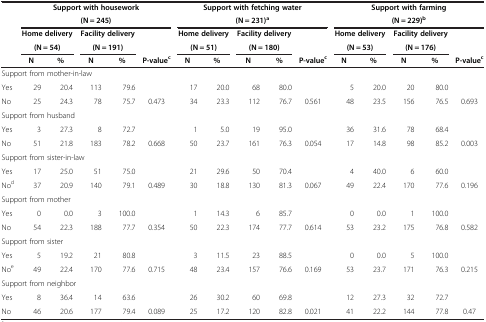
<table><thead><tr><td><b> </b></td><td colspan="5"><b>Support with housework</b></td><td colspan="5"><b>Support with fetching water</b></td><td colspan="5"><b>Support with farming</b></td></tr><tr><td><b> </b></td><td colspan="5"><b>(N = 245)</b></td><td colspan="5"><b>(N = 231)<sup>a</sup></b></td><td colspan="5"><b>(N = 229)<sup>b</sup></b></td></tr><tr><td><b> </b></td><td colspan="2"><b>Home delivery</b></td><td colspan="2"><b>Facility delivery</b></td><td><b> </b></td><td colspan="2"><b>Home delivery</b></td><td colspan="2"><b>Facility delivery</b></td><td><b> </b></td><td colspan="2"><b>Home delivery</b></td><td colspan="2"><b>Facility delivery</b></td><td><b> </b></td></tr><tr><td><b> </b></td><td colspan="2"><b>(N = 54)</b></td><td colspan="2"><b>(N = 191)</b></td><td><b> </b></td><td colspan="2"><b>(N = 51)</b></td><td colspan="2"><b>(N = 180)</b></td><td><b> </b></td><td colspan="2"><b>(N = 53)</b></td><td colspan="2"><b>(N = 176)</b></td><td><b> </b></td></tr><tr><td><b> </b></td><td><b>N</b></td><td><b>%</b></td><td><b>N</b></td><td><b>%</b></td><td><b>P-value<sup>c</sup></b></td><td><b>N</b></td><td><b>%</b></td><td><b>N</b></td><td><b>%</b></td><td><b>P-value<sup>c</sup></b></td><td><b>N</b></td><td><b>%</b></td><td><b>N</b></td><td><b>%</b></td><td><b>P-value<sup>c</sup></b></td></tr></thead><tbody><tr><td colspan="5">Support from mother-in-law</td><td> </td><td> </td><td> </td><td> </td><td> </td><td> </td><td> </td><td> </td><td> </td><td> </td><td> </td></tr><tr><td>Yes</td><td>29</td><td>20.4</td><td>113</td><td>79.6</td><td> </td><td>17</td><td>20.0</td><td>68</td><td>80.0</td><td> </td><td>5</td><td>20.0</td><td>20</td><td>80.0</td><td> </td></tr><tr><td>No</td><td>25</td><td>24.3</td><td>78</td><td>75.7</td><td>0.473</td><td>34</td><td>23.3</td><td>112</td><td>76.7</td><td>0.561</td><td>48</td><td>23.5</td><td>156</td><td>76.5</td><td>0.693</td></tr><tr><td colspan="5">Support from husband</td><td> </td><td> </td><td> </td><td> </td><td> </td><td> </td><td> </td><td> </td><td> </td><td> </td><td> </td></tr><tr><td>Yes</td><td>3</td><td>27.3</td><td>8</td><td>72.7</td><td> </td><td>1</td><td>5.0</td><td>19</td><td>95.0</td><td> </td><td>36</td><td>31.6</td><td>78</td><td>68.4</td><td> </td></tr><tr><td>No</td><td>51</td><td>21.8</td><td>183</td><td>78.2</td><td>0.668</td><td>50</td><td>23.7</td><td>161</td><td>76.3</td><td>0.054</td><td>17</td><td>14.8</td><td>98</td><td>85.2</td><td>0.003</td></tr><tr><td colspan="5">Support from sister-in-law</td><td> </td><td> </td><td> </td><td> </td><td> </td><td> </td><td> </td><td> </td><td> </td><td> </td><td> </td></tr><tr><td>Yes</td><td>17</td><td>25.0</td><td>51</td><td>75.0</td><td> </td><td>21</td><td>29.6</td><td>50</td><td>70.4</td><td> </td><td>4</td><td>40.0</td><td>6</td><td>60.0</td><td> </td></tr><tr><td>No<sup>d</sup></td><td>37</td><td>20.9</td><td>140</td><td>79.1</td><td>0.489</td><td>30</td><td>18.8</td><td>130</td><td>81.3</td><td>0.067</td><td>49</td><td>22.4</td><td>170</td><td>77.6</td><td>0.196</td></tr><tr><td colspan="5">Support from mother</td><td> </td><td> </td><td> </td><td> </td><td> </td><td> </td><td> </td><td> </td><td> </td><td> </td><td> </td></tr><tr><td>Yes</td><td>0</td><td>0.0</td><td>3</td><td>100.0</td><td> </td><td>1</td><td>14.3</td><td>6</td><td>85.7</td><td> </td><td>0</td><td>0.0</td><td>1</td><td>100.0</td><td> </td></tr><tr><td>No</td><td>54</td><td>22.3</td><td>188</td><td>77.7</td><td>0.354</td><td>50</td><td>22.3</td><td>174</td><td>77.7</td><td>0.614</td><td>53</td><td>23.2</td><td>175</td><td>76.8</td><td>0.582</td></tr><tr><td colspan="5">Support from sister</td><td> </td><td> </td><td> </td><td> </td><td> </td><td> </td><td> </td><td> </td><td> </td><td> </td><td> </td></tr><tr><td>Yes</td><td>5</td><td>19.2</td><td>21</td><td>80.8</td><td> </td><td>3</td><td>11.5</td><td>23</td><td>88.5</td><td> </td><td>0</td><td>0.0</td><td>5</td><td>100.0</td><td> </td></tr><tr><td>No<sup>e</sup></td><td>49</td><td>22.4</td><td>170</td><td>77.6</td><td>0.715</td><td>48</td><td>23.4</td><td>157</td><td>76.6</td><td>0.169</td><td>53</td><td>23.7</td><td>171</td><td>76.3</td><td>0.215</td></tr><tr><td colspan="4">Support from neighbor</td><td> </td><td> </td><td> </td><td> </td><td> </td><td> </td><td> </td><td> </td><td> </td><td> </td><td> </td><td> </td></tr><tr><td>Yes</td><td>8</td><td>36.4</td><td>14</td><td>63.6</td><td> </td><td>26</td><td>30.2</td><td>60</td><td>69.8</td><td> </td><td>12</td><td>27.3</td><td>32</td><td>72.7</td><td> </td></tr><tr><td>No</td><td>46</td><td>20.6</td><td>177</td><td>79.4</td><td>0.089</td><td>25</td><td>17.2</td><td>120</td><td>82.8</td><td>0.021</td><td>41</td><td>22.2</td><td>144</td><td>77.8</td><td>0.47</td></tr></tbody></table>